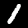
Digit: 1